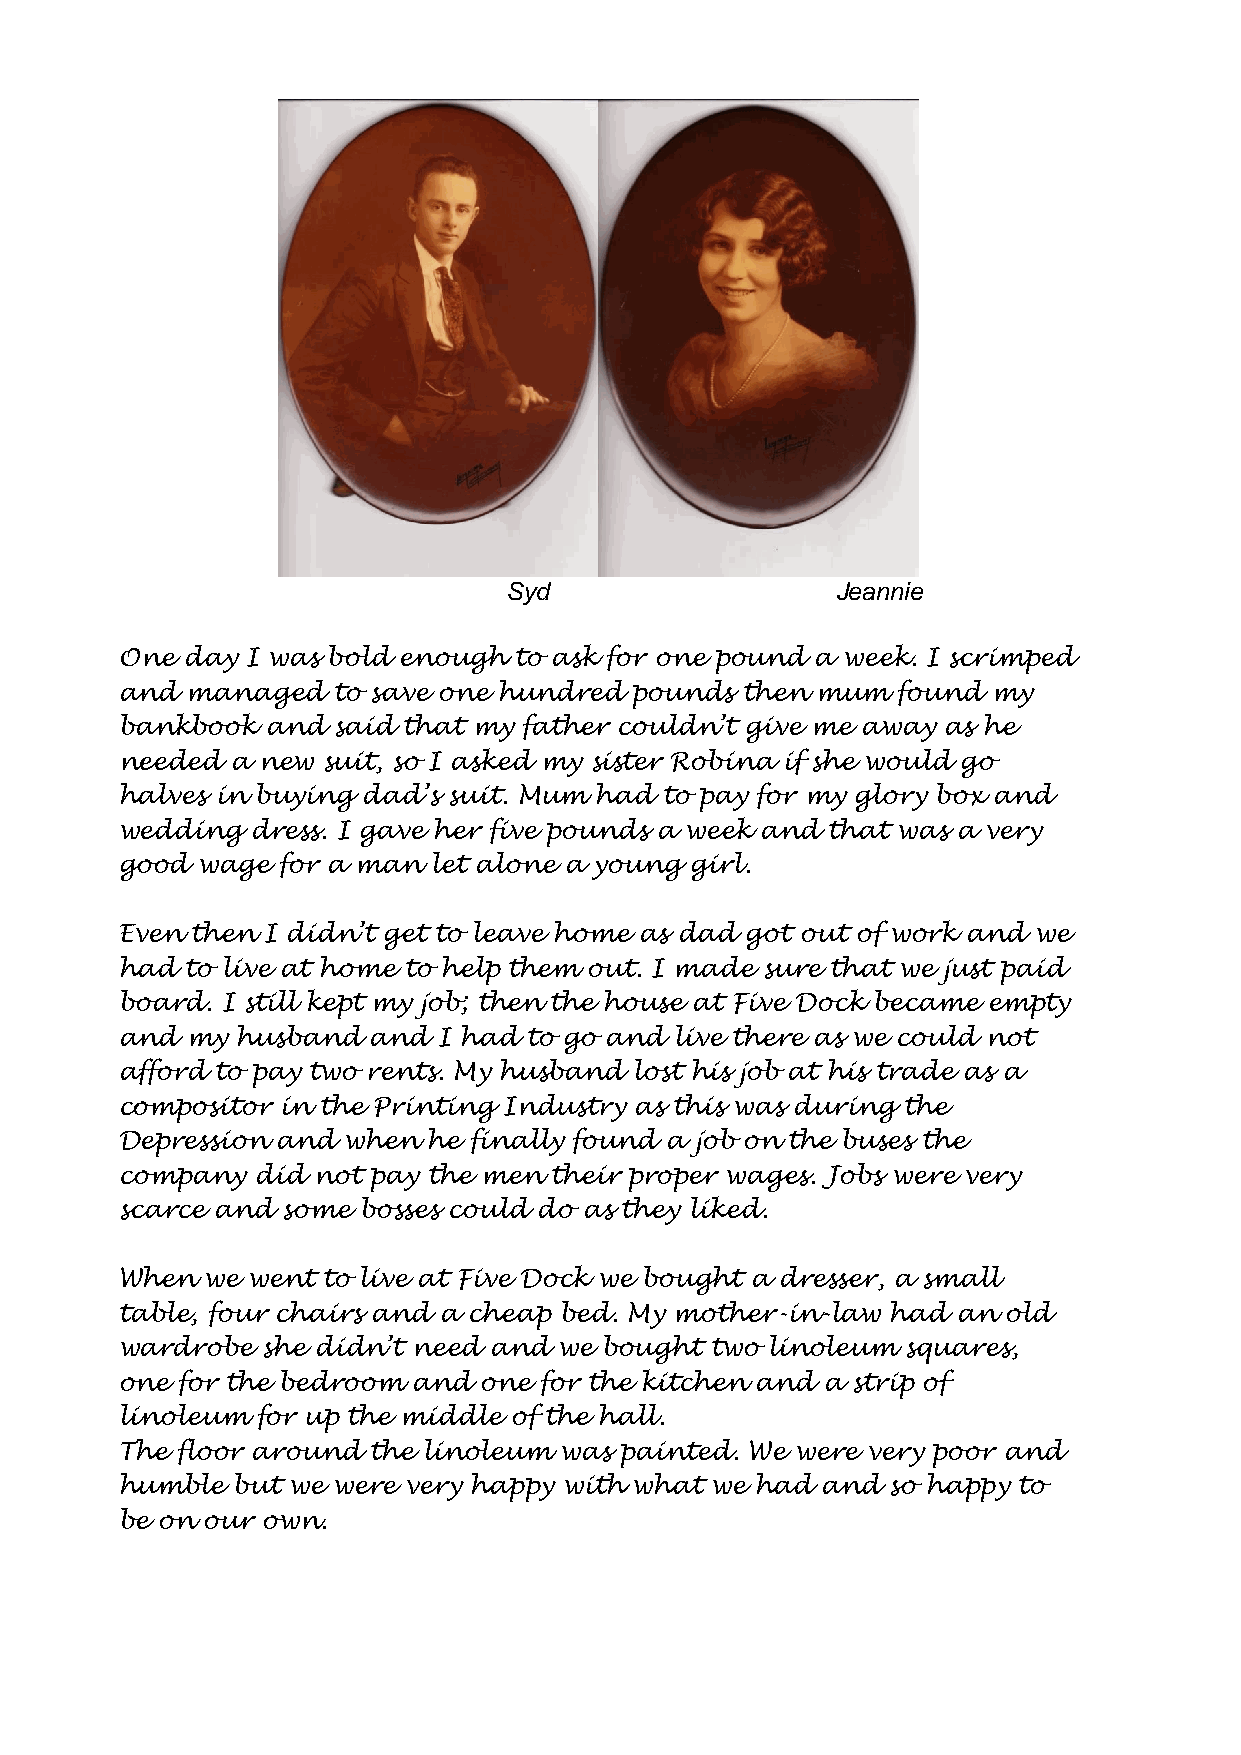
Syd                   Jeannie
 One day I was bold enough to ask for one pound a week. I scrimped
 and managed   to save one hundred pounds then mum  found  my
 bankbook  and said that my father couldn’t give me away as he
 needed a new suit, so I asked my sister Robina if she would go
 halves in buying dad’s suit. Mum had to pay for my glory box and
 wedding  dress. I gave her five pounds a week and that was a very
 good wage for a man let alone a young girl.
 Even then I didn’t get to leave home as dad got out of work and we
 had to live at home to help them out. I made sure that we just paid
 board. I still kept my job; then the house at Five Dock became empty
 and my  husband and  I had to go and live there as we could not
 afford to pay two rents. My husband lost his job at his trade as a
 compositor in the Printing Industry as this was during the
 Depression and when he finally found a job on the buses the
 company  did not pay the men their proper wages. Jobs were very
 scarce and some bosses could do as they liked.
 When we went to live at Five Dock we bought a dresser, a small
 table, four chairs and a cheap bed. My mother-in-law had an old
 wardrobe she didn’t need and we bought two linoleum squares,
 one for the bedroom and one for the kitchen and a strip of
 linoleum for up the middle of the hall.
 The floor around the linoleum was painted. We were very poor and
 humble but we were very happy with what we had and so happy to
 be on our own.